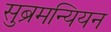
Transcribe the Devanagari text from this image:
सुब्रमन्यियन